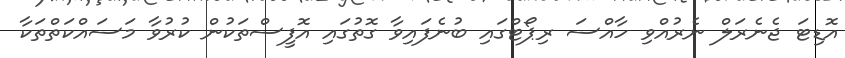
އޮޑިޓަ ޖެނެރަލް ނެރުއްވި ހާއްސަ ރިޕޯޓްގައި ބުނެފައިވާ ގޮތުގައި އޮފީސްތަކުން ކުރުވާ މަސައްކަތްތަކާ